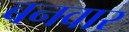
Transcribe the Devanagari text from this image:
बनवार